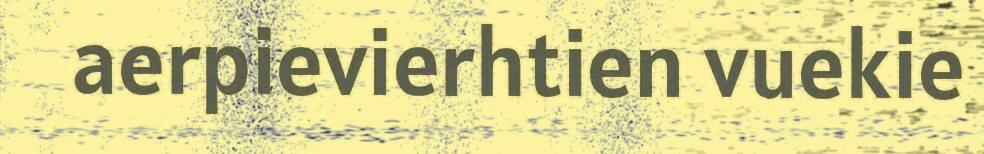
aerpievierhtien vuekie